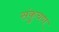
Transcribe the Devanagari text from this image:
संकुचण